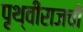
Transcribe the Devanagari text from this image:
पृथ्वीराजची